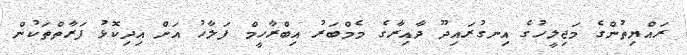
ރައްޔިތުންގެ މަޖިލީހުގެ އިނގުރައިދޫ ދާއިރާގެ މެމްބަރު އިބްރާހީމް ފަލާހު އަށް އިދިކޮޅު ފަރާތްތަކުން